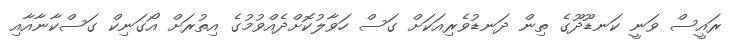
ރައީސް ވަނީ ކަނޑޫދޫގެ ތިން ދަނޑުވެރިއަކަށް ގަސް ހަވާލުކޮށްދެއްވުމުގެ އިތުރަށް އޯގަނިކް ގަސްކާނާއާއި